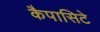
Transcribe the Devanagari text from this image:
कैपासिटे